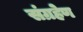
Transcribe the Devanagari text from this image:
संग्रहेण